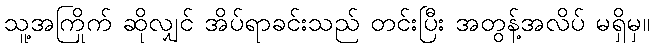
သူ့အကြိုက် ဆိုလျှင် အိပ်ရာခင်းသည် တင်းပြီး အတွန့်အလိပ် မရှိမှ။